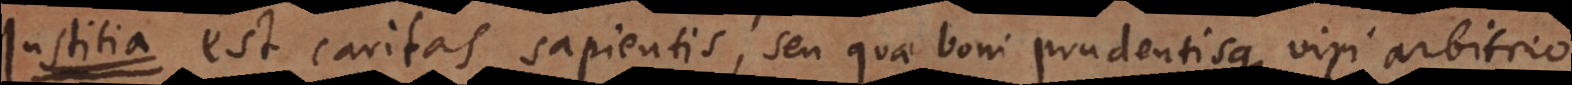
J est caritas sapientis, seu quae boni prudentisque viri arbitrio